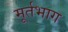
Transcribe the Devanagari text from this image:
मूर्तभाग